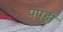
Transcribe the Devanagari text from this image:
पपडी़